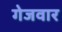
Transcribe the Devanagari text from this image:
गेजवार